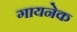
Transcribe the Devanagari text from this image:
गायनेक